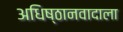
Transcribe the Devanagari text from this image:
अधिष्ठानवादाला